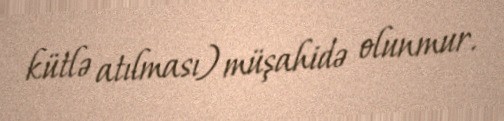
kütlə atılması) müşahidə olunmur.